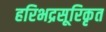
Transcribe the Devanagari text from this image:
हरिभद्रसूरिकृत